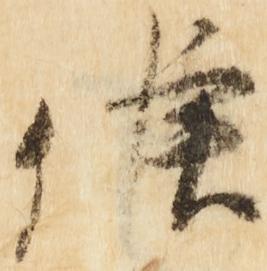
候